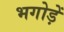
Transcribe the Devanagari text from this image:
भगोड़ें